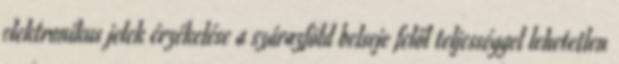
elektronikus jelek érzékelése a szárazföld belseje felől teljességgel lehetetlen